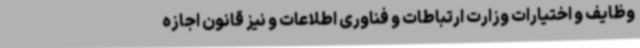
وظایف و اختیارات وزارت ارتباطات و فناوری اطلاعات و نیز قانون اجازه